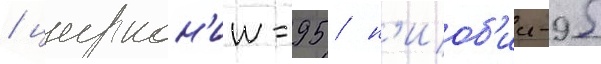
/ циркон'ии-95 / н'иоб'ии-95